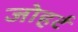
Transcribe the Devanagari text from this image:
जोहर्ट